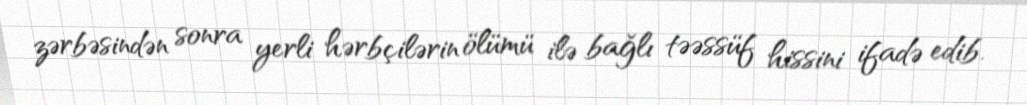
zərbəsindən sonra yerli hərbçilərin ölümü ilə bağlı təəssüf hissini ifadə edib.